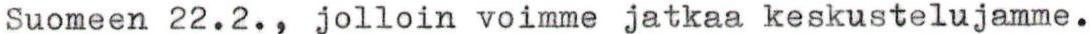
Suomeen 22.2., jolloin voimme jatkaa keskustelujamme.